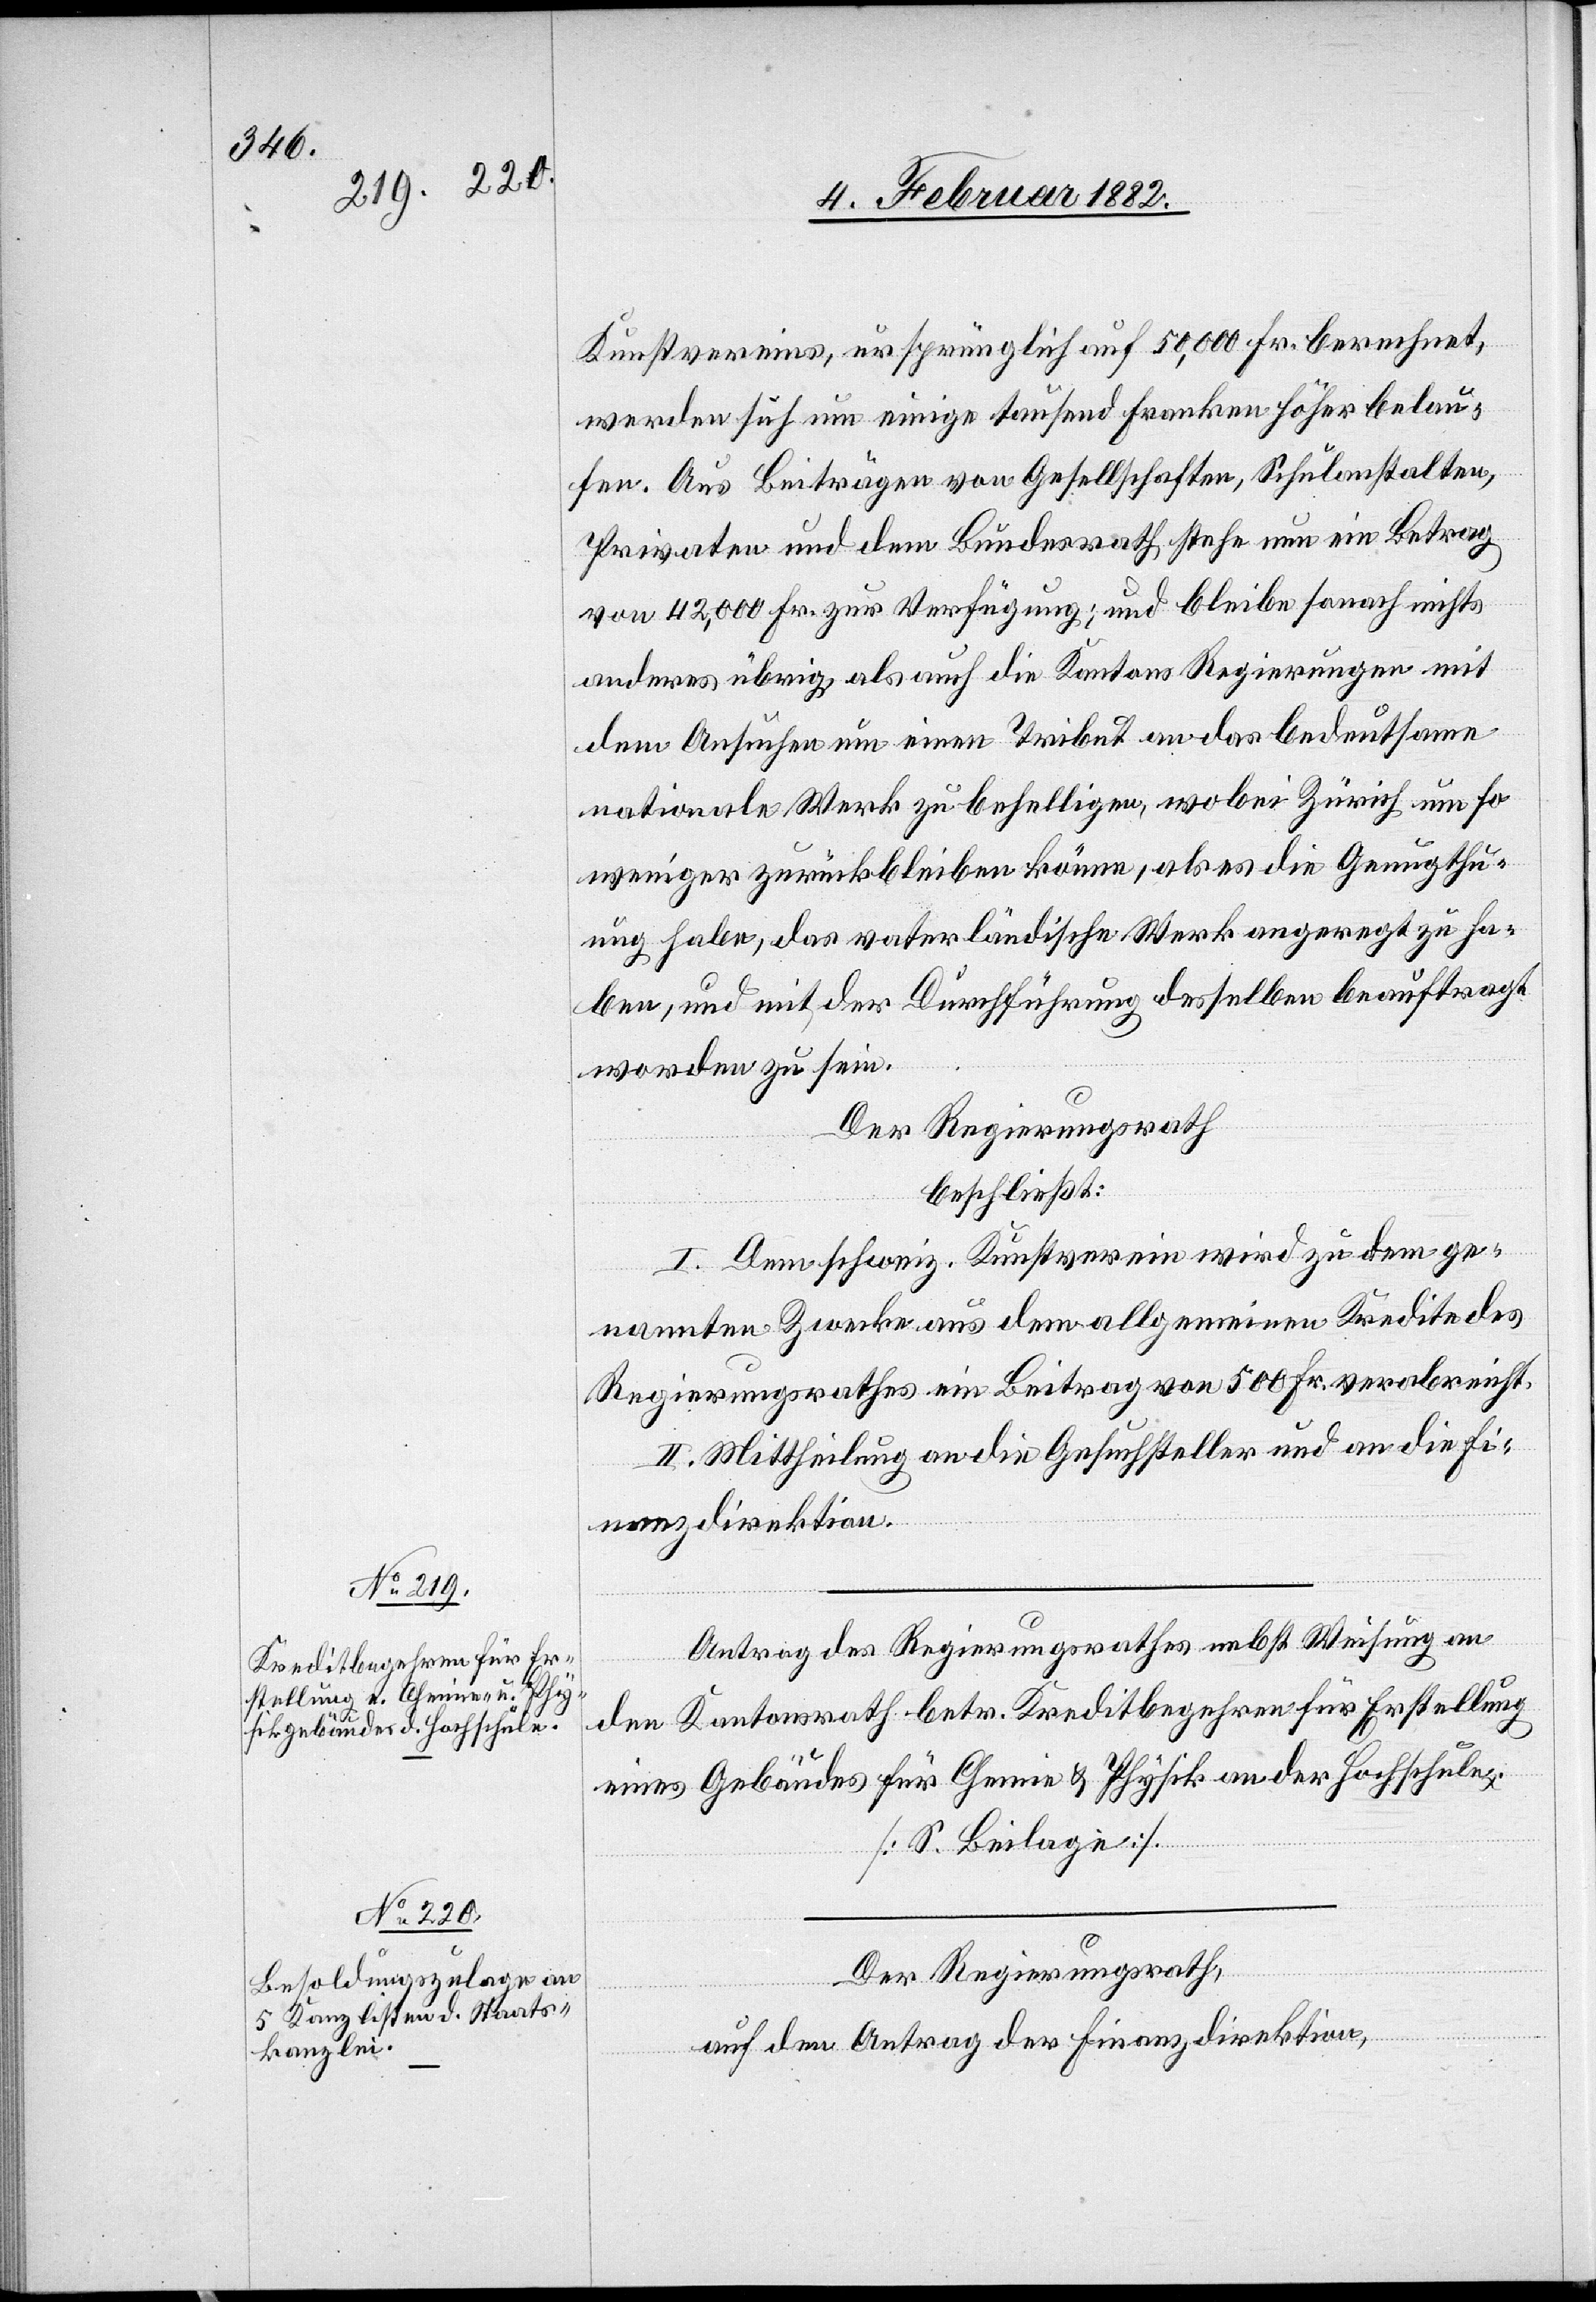
Kunstvereins, ursprünglich auf 50,000 Fr. berechnet,
werde sich nun einige tausend Franken höher belau¬
fen. Aus Beiträgen von Gesellschaften, Schulanstalten,
Privaten und dem Bundesrath, stehe nur ein Betrag
von 42,000 Fr zur Verfügung; und bleibe sonach nicht
anderes übrig, als auch die Kantons Regierungen mit
dem Ansuchen um einen Tribut an das bedeutsame
nationale Werk zu behelligen, wobei Zürich um so
weniger zurückbleiben könne, als es die Genugthu¬
ung habe, das vaterländische Werk angeregt zu ha¬
ben, und mit der Durchführung desselben beauftragt
worden zu sein.
Der Regierungsrath
beschließt:
I. Dem schweiz. Kunstverein wird zu dem ge¬
nannten Zwecke aus dem allgemeinen Kredite des
Regierungsrathes ein Beitrag von 500 Fr. verabreicht.
II. Mittheilung an die Gesuchsteller und an die Fi¬
nanzdirektion.
Antrag des Regierungsrathes nebst Weisung an
den Kantonsrath betr. Kreditbegehren für Erstellung
eines Gebäudes für Chemie & Physik an der Hochschule.
[S. Beilage].
Der Regierungsrath,
auf den Antrag der Finanzdirektion,